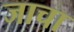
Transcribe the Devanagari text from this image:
जाचा